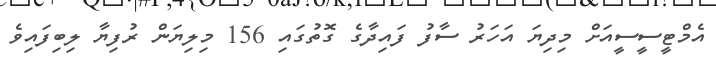
އެމްޓީސީސީއަށް މިދިޔަ އަހަރު ސާފު ފައިދާގެ ގޮތުގައި 156 މިލިޔަން ރުފިޔާ ލިބިފައިވެ